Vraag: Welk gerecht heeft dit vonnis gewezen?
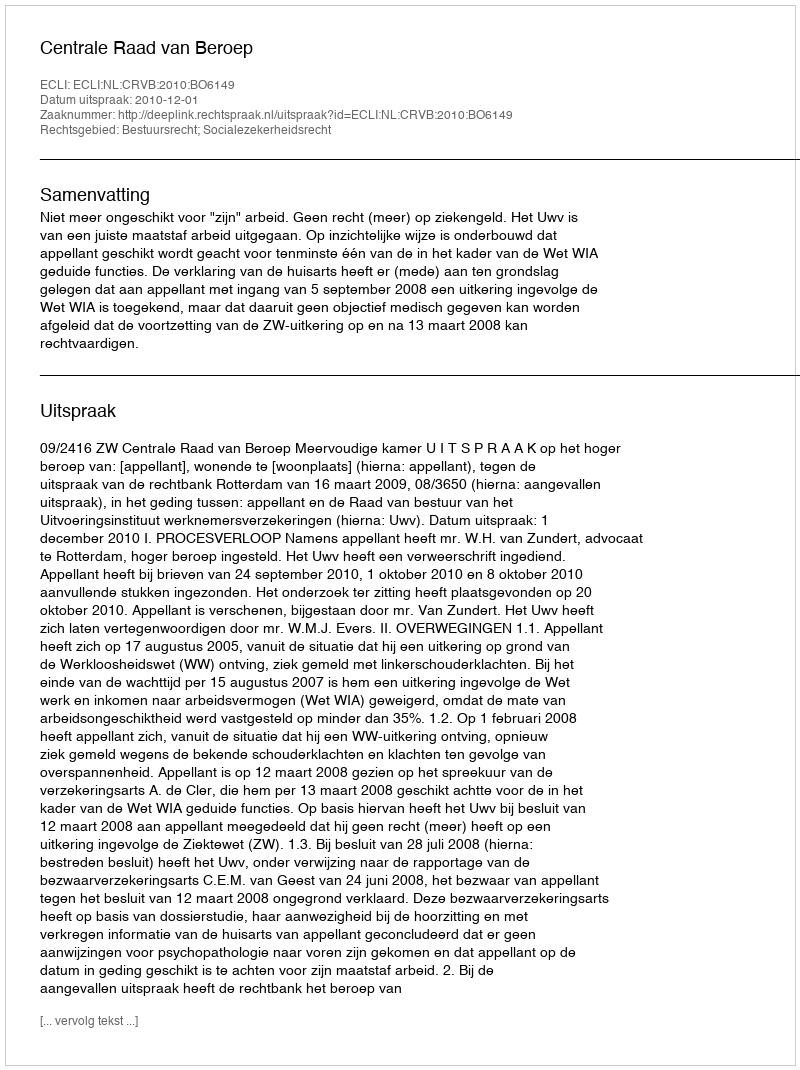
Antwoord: Centrale Raad van Beroep